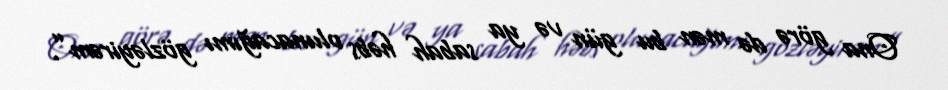
Ona görə də mən bu gün və ya sabah həbs olunacağımı gözləyirəm”.